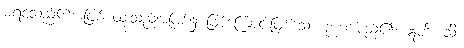
မရင့်သည်၏အဖြစ် ထူးသည်အဖြစ်၌ ဖြစ်ကြောင်းဖြစ်သော ဉာဏ်မည်၏။ ဣတိ၊ သို့။